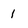
Character: 1